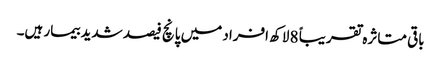
باقی متاثرہ تقریباً 8 لاکھ افراد میں پانچ فیصد شدید بیمار ہیں۔